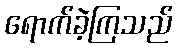
ရောက်ခဲ့ကြသည်